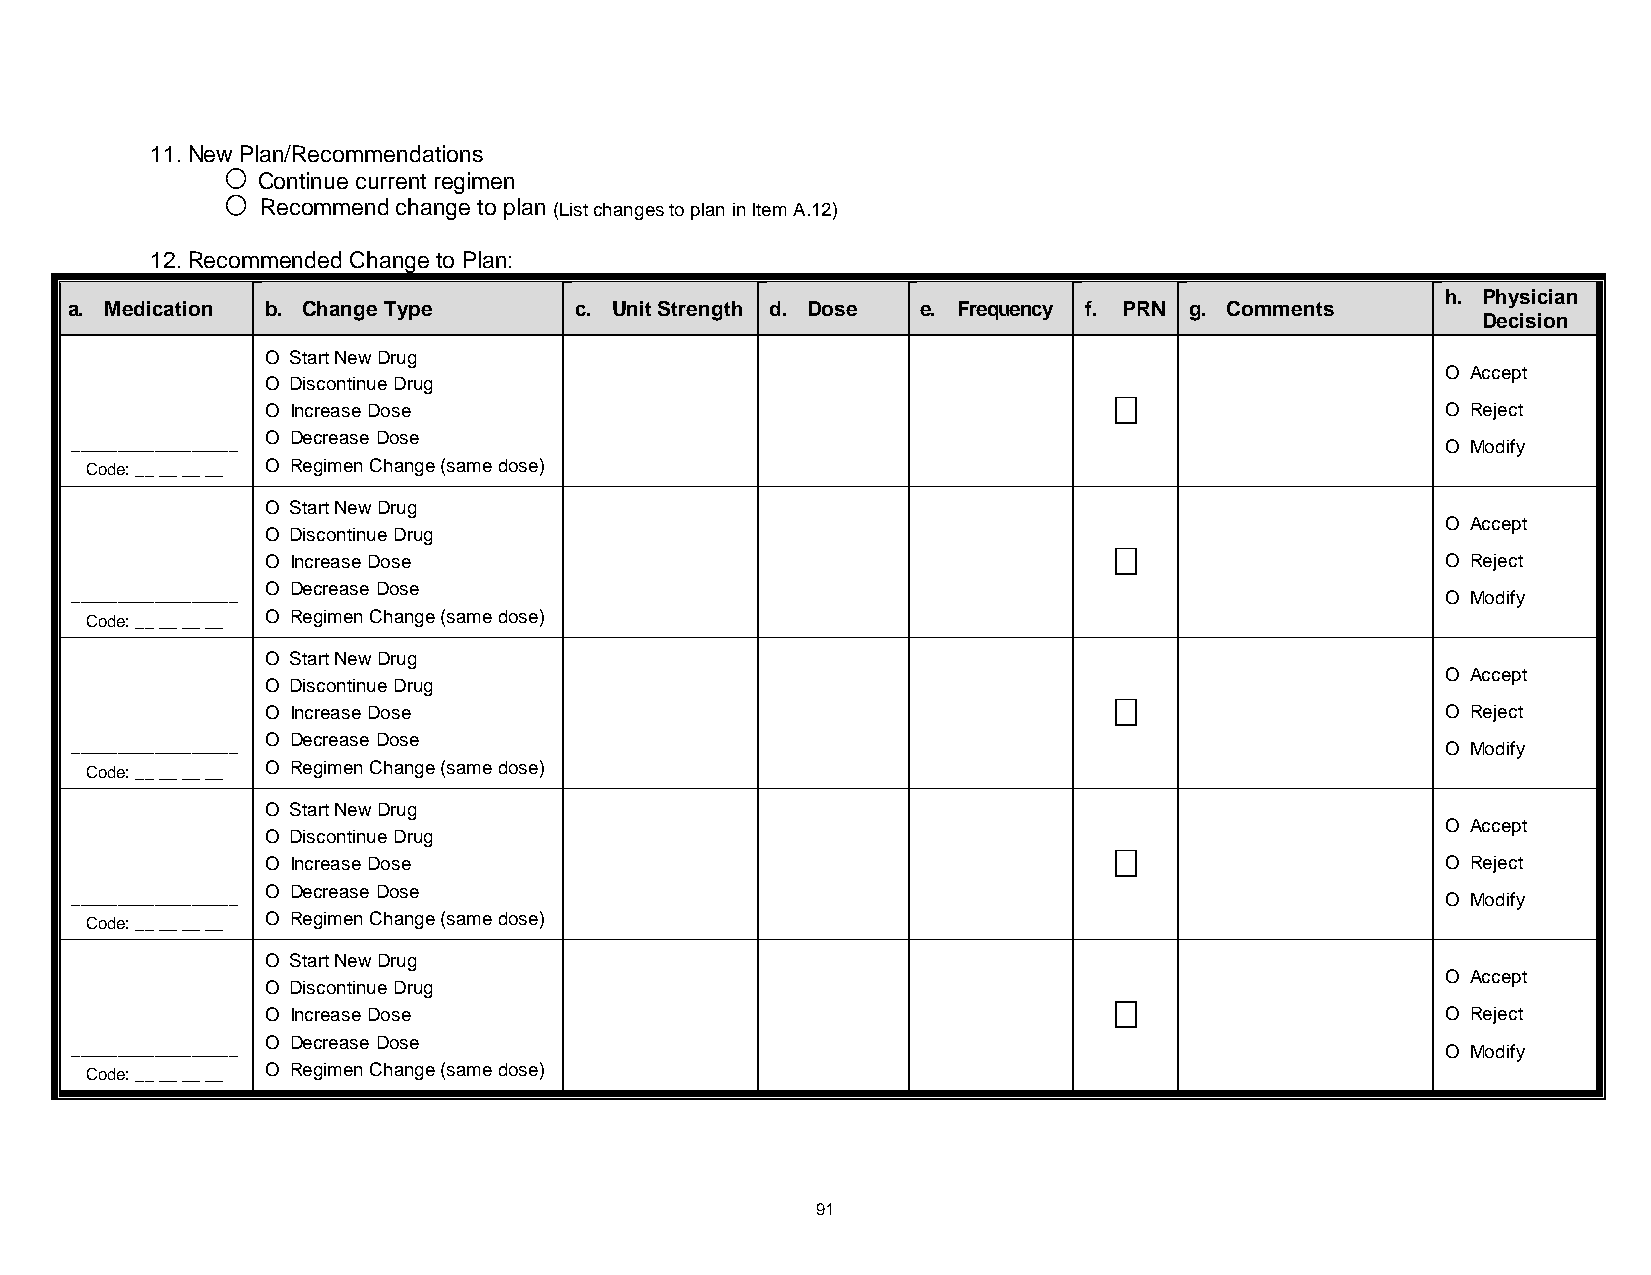
11. New Plan/Recommendations
 Continue current regimen
 Recommend change to plan (List changes to plan in Item A.12)
 12. Recommended Change to Plan:
 h. Physician
 a. Medication b. Change Type      c. Unit Strength d. Dose e. Frequency f. PRN g. Comments
 Decision
 O Start New Drug
 O Accept
 O Discontinue Drug

 O Increase Dose                                                               O Reject
 O Decrease Dose
 __________________                                                                         O Modify
 Code: __ __ __ __ O Regimen Change (same dose)
 O Start New Drug
 O Accept
 O Discontinue Drug

 O Increase Dose                                                               O Reject
 O Decrease Dose
 __________________                                                                         O Modify
 Code: __ __ __ __ O Regimen Change (same dose)
 O Start New Drug
 O Accept
 O Discontinue Drug

 O Increase Dose                                                               O Reject
 O Decrease Dose
 __________________                                                                         O Modify
 Code: __ __ __ __ O Regimen Change (same dose)
 O Start New Drug
 O Accept
 O Discontinue Drug

 O Increase Dose                                                               O Reject
 O Decrease Dose
 __________________                                                                         O Modify
 Code: __ __ __ __ O Regimen Change (same dose)
 O Start New Drug
 O Accept
 O Discontinue Drug

 O Increase Dose                                                               O Reject
 O Decrease Dose
 __________________                                                                         O Modify
 Code: __ __ __ __ O Regimen Change (same dose)
 91